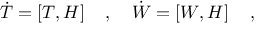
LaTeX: { \dot { T } } = \left[ T , H \right] \quad , \quad { \dot { W } } = \left[ W , H \right] \quad ,